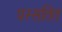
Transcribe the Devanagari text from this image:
पस्सतित